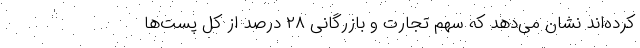
کرده‌اند نشان می‌دهد که سهم تجارت و بازرگانی ۲۸ درصد از کل پست‌ها